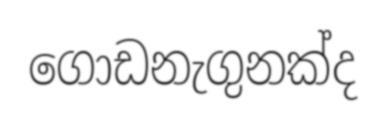
ගොඩනැගුනක්ද